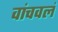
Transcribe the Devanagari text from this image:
वांचवलं